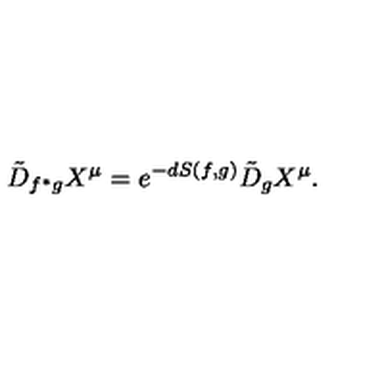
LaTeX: \tilde { D } _ { f ^ { \ast } g } X ^ { \mu } = e ^ { - d S ( f , g ) } \tilde { D } _ { g } X ^ { \mu } .